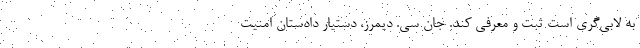
به لابی‌گری است ثبت و معرفی کند. جان سی. دیمرز، دستیار دادستان امنیت